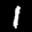
Label: 1